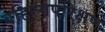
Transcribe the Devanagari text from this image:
बहिरंगपरिक्षण